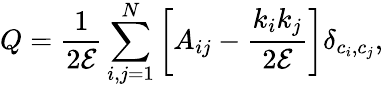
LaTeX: Q=\frac{1}{2\mathcal{E}}\sum_{i,j=1}^{N}\bigg[A_{ij}-\frac{k_{i}k_{j}}{2\mathcal{E}}\bigg]\delta_{c_{i},c_{j}},